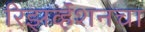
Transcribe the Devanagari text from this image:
रिझर्व्हेशनचा